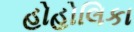
હોહોલિકા